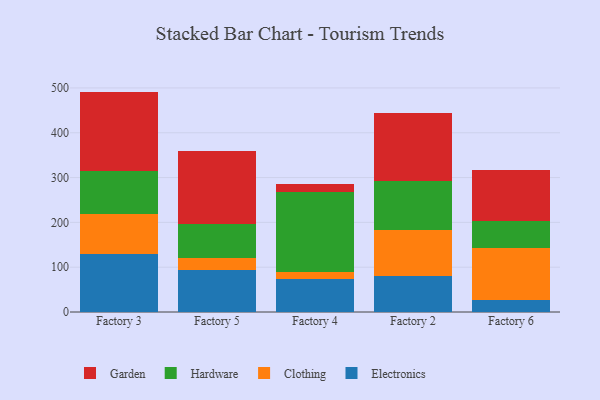
{"axis": {"x": "Factory", "y": "Customer Acquisition Cost (USD)"}, "legend": ["Clothing", "Electronics", "Garden", "Hardware"], "data": [{"x": "Factory 3", "y": 129.3, "type": "Electronics"}, {"x": "Factory 3", "y": 89.7, "type": "Clothing"}, {"x": "Factory 3", "y": 95.2, "type": "Hardware"}, {"x": "Factory 3", "y": 177.6, "type": "Garden"}, {"x": "Factory 5", "y": 94.3, "type": "Electronics"}, {"x": "Factory 5", "y": 26.8, "type": "Clothing"}, {"x": "Factory 5", "y": 75.6, "type": "Hardware"}, {"x": "Factory 5", "y": 162.2, "type": "Garden"}, {"x": "Factory 4", "y": 72.6, "type": "Electronics"}, {"x": "Factory 4", "y": 16.4, "type": "Clothing"}, {"x": "Factory 4", "y": 178.2, "type": "Hardware"}, {"x": "Factory 4", "y": 17.9, "type": "Garden"}, {"x": "Factory 2", "y": 79.8, "type": "Electronics"}, {"x": "Factory 2", "y": 103.1, "type": "Clothing"}, {"x": "Factory 2", "y": 109.2, "type": "Hardware"}, {"x": "Factory 2", "y": 152.9, "type": "Garden"}, {"x": "Factory 6", "y": 27.5, "type": "Electronics"}, {"x": "Factory 6", "y": 115.5, "type": "Clothing"}, {"x": "Factory 6", "y": 60.8, "type": "Hardware"}, {"x": "Factory 6", "y": 112.4, "type": "Garden"}]}